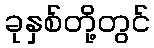
ခုနှစ်တို့တွင်